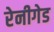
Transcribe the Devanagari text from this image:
रेनीगेड